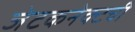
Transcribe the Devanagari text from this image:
जेटकनेक्टची